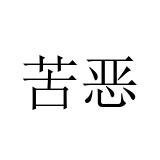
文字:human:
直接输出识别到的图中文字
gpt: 苦恶